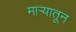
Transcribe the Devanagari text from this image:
माऱ्यातून